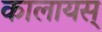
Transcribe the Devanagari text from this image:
कालायस्